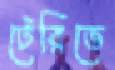
টেরিতে